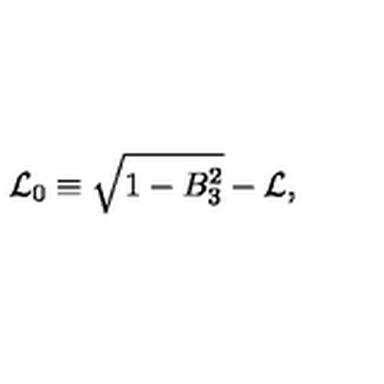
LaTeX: { \cal L } _ { 0 } \equiv \sqrt { 1 - B _ { 3 } ^ { 2 } } - { \cal L } ,